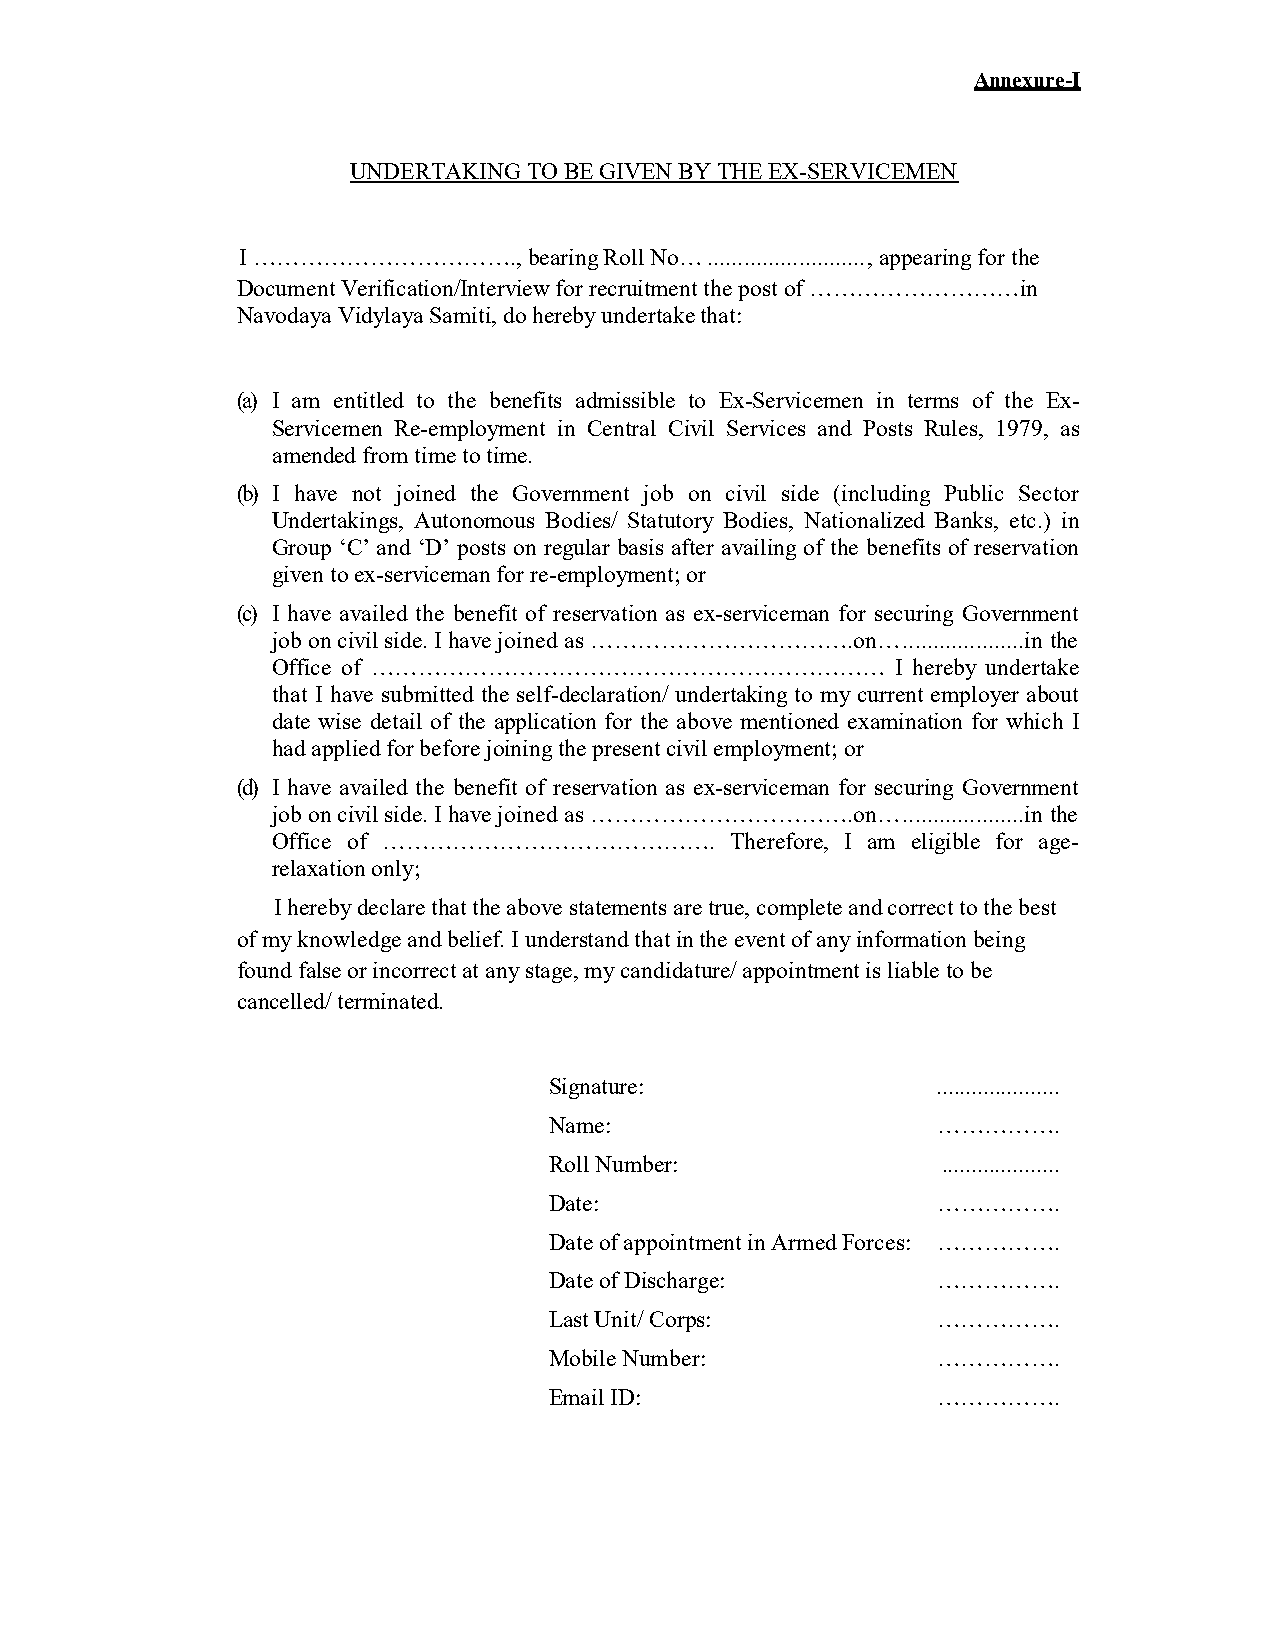
Annexure-I
 UNDERTAKING TO BE GIVEN BY THE EX-SERVICEMEN
 I ……………………………., bearingR oll No….. ..................,. a...p..p earing fort he
 Document Verification/Interviewf or recruitment the post of ………………………in
 Navodaya Vidylaya Samiti, do hereby undertaket hat:
 )a( I am entitled to the benefits admissible to Ex-Servicemen in terms of the Ex-
 Servicemen Re-employment in Central Civil Services and Posts Rules, 1979, as
 amendedf rom time to time.
 )b( I have not joined the Government job on civil side (including Public Sector
 Undertakings, Autonomous Bodies/ Statutory Bodies, Nationalized Banks, etc.) in
 Group ‘C’ and ‘D’ posts on regular basis after availing of the benefits of reservation
 given to ex-serviceman for re-employment; or
 )c( I have availed the benefit of reservation as ex-serviceman for securing Government
 job on civil side. I havej oined as ……………………………..o..n..…... ....i...n.. t..h. e
 Office of ………………………………………………………… I hereby undertake
 that I have submitted the self-declaration/ undertaking to my current employer about
 date wise detail of the application for the above mentioned examination for which I
 had applied for before joining the presentc ivile mployment; or
 )d( I have availed the benefit of reservation as ex-serviceman for securing Government
 job on civil side. I havej oined as ……………………………..o..n..…... ....i...n.. t..h. e
 Office of ……………………………………. Therefore, I am eligible for age-
 relaxation only;
 I hereby declare that thea bove statements are true,c omplete and correct tot he best
 of my knowledge and belief. I understand that in the event of any information being
 found false or incorrect at any stage,m y candidature/ appointment is liable to be
 cancelled/ terminated.
 Signature:           .....................
 Name:                 …………….
 Roll Number:       ....................
 Date:                   …………….
 Date ofa ppointment inA rmed Forces: …………….
 Date ofD ischarge: …………….
 Last Unit/ Corps:  …………….
 Mobile Number:   …………….
 Email ID:              …………….